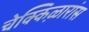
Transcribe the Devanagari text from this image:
चेक्किऴारांस